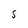
Character: 5